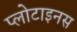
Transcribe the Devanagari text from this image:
प्लोटाइनस